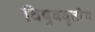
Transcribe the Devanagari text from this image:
विषुववृतीय